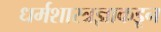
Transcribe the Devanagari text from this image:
धर्मशास्त्रज्ञाकडून